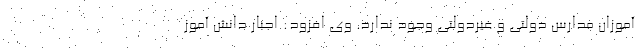
آموزان مدارس دولتی و غیردولتی وجود ندارد. وی افزود: اجبار دانش آموز